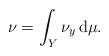
LaTeX: \begin{align*}\nu = \int_Y \nu_y \, \mathrm{d}\mu.\end{align*}